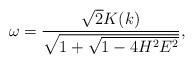
LaTeX: \begin{align*}\omega=\frac{\sqrt{2}K(k)}{\sqrt{1+\sqrt{1-4H^2E^2}}},\end{align*}